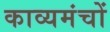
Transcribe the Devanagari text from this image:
काव्यमंचों